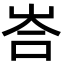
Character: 峇